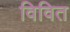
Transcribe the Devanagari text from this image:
विवित